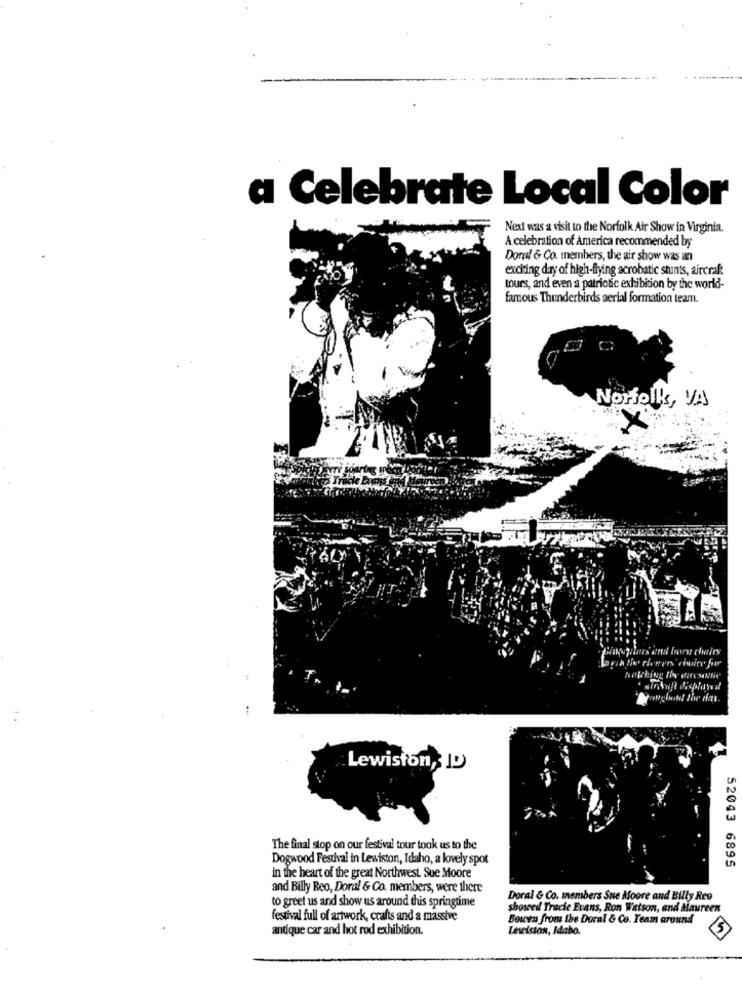
a Celebrate Local Color
Next was a visit to the Norfolk Air Show in Virginia.
A celebration of America recommended by
Doral & Co. members, the air show was an
exciting day of high-flying acrobatic stunts, aircraft
tours, and even a patriotic exhibition by the world-
famous Thunderbirds aerial formation team.
Norfolk, VA
X
sirtuft displayat
Yong bont the day
:
Lewiston, ID
The final stop on our festival tour took us to the
Dogwood Festival in Lewiston, Idaho, a lovely spot
52043 6895
in the heart of the great Northwest. Sue Moore
and Billy Reo, Doral & Co. members, were there
to greet us and show us around this springtime
Doral & Co. members Sue Moore and Billy Reo
showed Tracie Evans, Ron Watson, and Maureen
festival full of artwork, crafts and a massive
Bowen from the Doral & Co. Team around
antique car and hot rod exhibition.
Levision, Idabo.